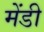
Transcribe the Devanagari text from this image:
मेंडी